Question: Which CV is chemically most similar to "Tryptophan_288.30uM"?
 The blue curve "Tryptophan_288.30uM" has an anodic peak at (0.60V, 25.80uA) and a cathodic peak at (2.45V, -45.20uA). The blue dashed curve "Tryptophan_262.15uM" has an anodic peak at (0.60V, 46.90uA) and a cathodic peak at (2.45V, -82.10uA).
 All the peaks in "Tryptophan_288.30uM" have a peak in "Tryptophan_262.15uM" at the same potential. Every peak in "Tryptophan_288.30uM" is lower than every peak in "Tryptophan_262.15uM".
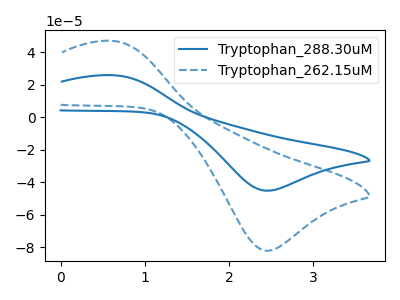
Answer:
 <answer>The CV with the most similar shape to "Tryptophan_262.15uM" is "Tryptophan_288.30uM".</answer>
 <eval>"Tryptophan_288.30uM"</eval>